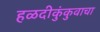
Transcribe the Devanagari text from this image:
हळदीकुंकुवाचा